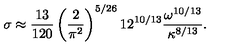
\sigma \approx \frac { 1 3 } { 1 2 0 } \left( \frac { 2 } { \pi ^ { 2 } } \right) ^ { 5 / 2 6 } 1 2 ^ { 1 0 / 1 3 } \frac { \omega ^ { 1 0 / 1 3 } } { \kappa ^ { 8 / 1 3 } } .